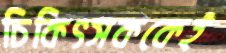
চিকিৎসককেই